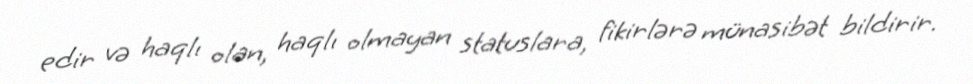
edir və haqlı olan, haqlı olmayan statuslara, fikirlərə münasibət bildirir.